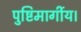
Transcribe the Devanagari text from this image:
पुष्टिमार्गीय।